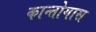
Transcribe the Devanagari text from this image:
कान्तोगास